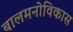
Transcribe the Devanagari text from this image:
बालमनोविकास